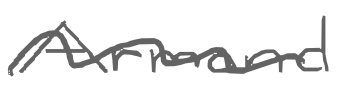
Text: Armand
Cross-out: wave
Writing tool: digital_gray